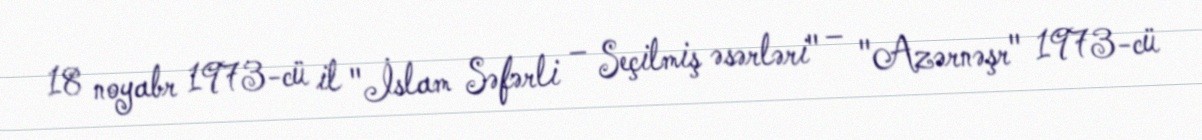
18 noyabr 1973-cü il "İslam Səfərli – Seçilmiş əsərləri" – "Azərnəşr" 1973-cü